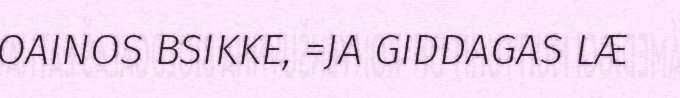
OAINOS BSIKKE, =JA GIDDAGAS LÆ